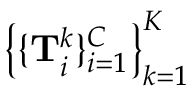
\big \{ \{ \mathbf { T } _ { i } ^ { k } \} _ { i = 1 } ^ { C } \big \} _ { k = 1 } ^ { K }